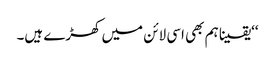
‘‘یقینا ہم بھی اسی لائن میں کھڑے ہیں۔